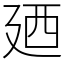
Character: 廼